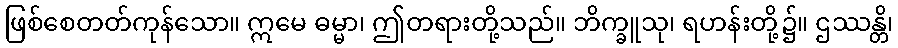
ဖြစ်စေတတ်ကုန်သော။ ဣမေ ဓမ္မာ၊ ဤတရားတို့သည်။ ဘိက္ခူသု၊ ရဟန်းတို့၌။ ဌဿန္တိ၊